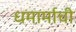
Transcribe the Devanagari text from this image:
धमार्माची